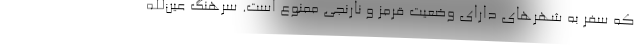
که سفر به شهرهای دارای وضعیت قرمز و نارنجی ممنوع است. سرهنگ عین‌الله